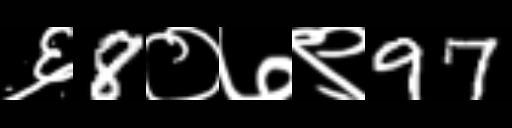
Text: ६8०७९97